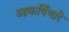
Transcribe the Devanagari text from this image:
आकर्षिणारे